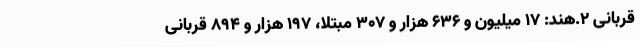
قربانی ۲.هند: ۱۷ میلیون و ۶۳۶ هزار و ۳۰۷ مبتلا، ۱۹۷ هزار و ۸۹۴ قربانی